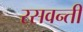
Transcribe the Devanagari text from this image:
रसवन्ती